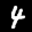
Label: 4